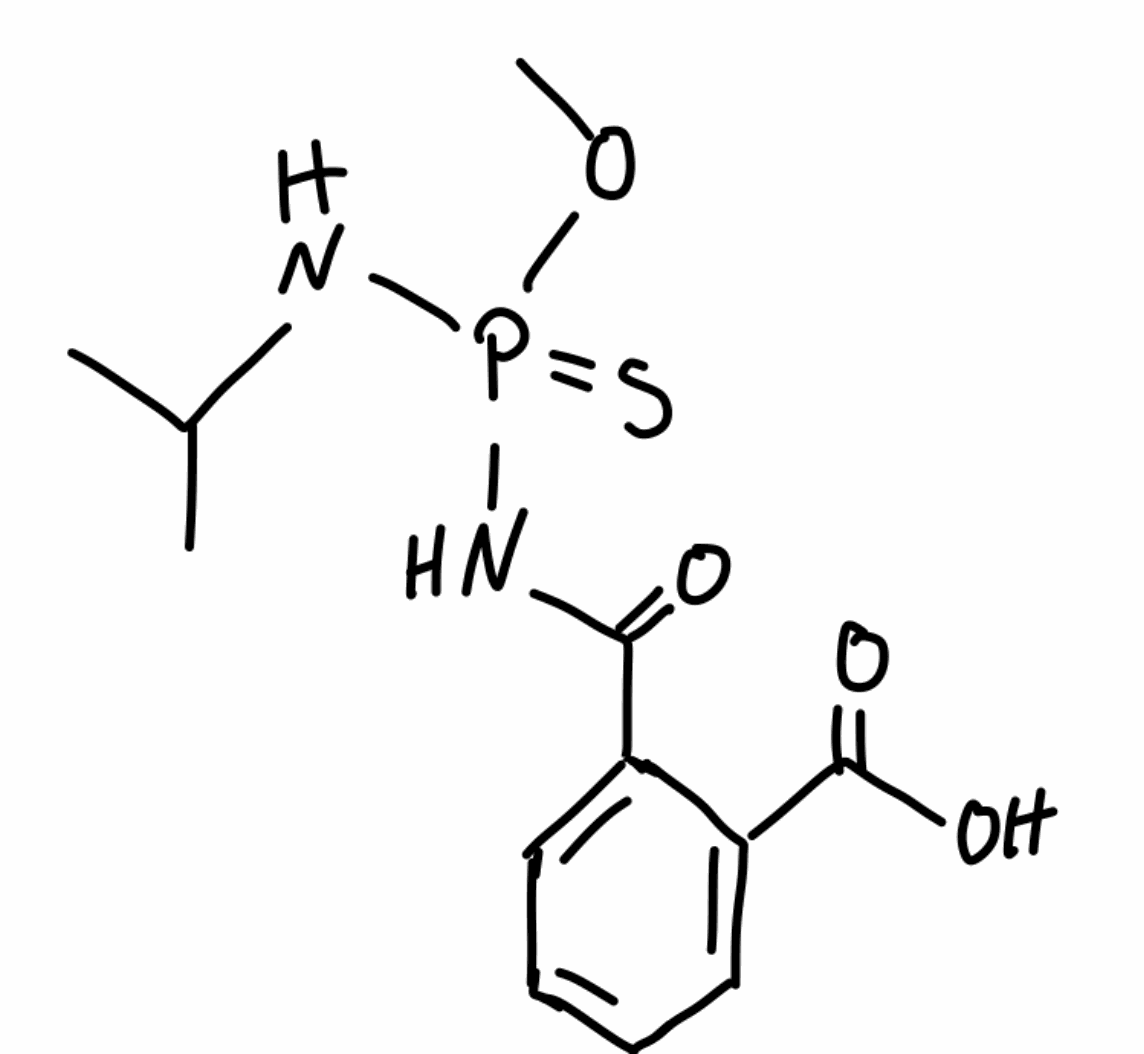
Simplified molecular-input line-entry system (SMILES) notation of the given molecule:
CC(C)NP(=S)(NC(=O)C1=CC=CC=C1C(=O)O)OC